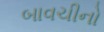
બાવચીનો